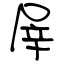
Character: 屖